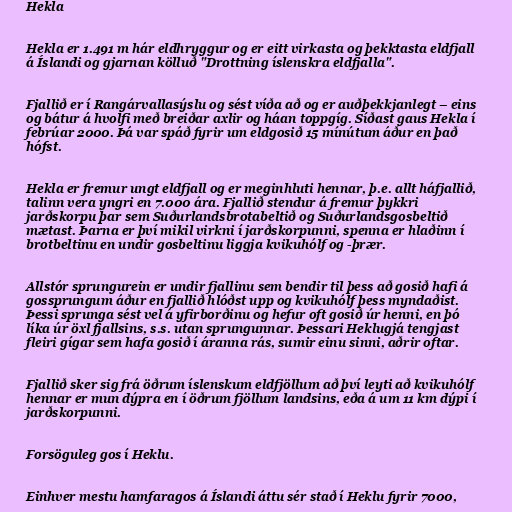
Hekla

Hekla er 1.491 m hár eldhryggur og er eitt virkasta og þekktasta eldfjall
á Íslandi og gjarnan kölluð "Drottning íslenskra eldfjalla".

Fjallið er í Rangárvallasýslu og sést víða að og er auðþekkjanlegt – eins
og bátur á hvolfi með breiðar axlir og háan toppgíg. Síðast gaus Hekla í
febrúar 2000. Þá var spáð fyrir um eldgosið 15 mínútum áður en það
hófst.

Hekla er fremur ungt eldfjall og er meginhluti hennar, þ.e. allt háfjallið,
talinn vera yngri en 7.000 ára. Fjallið stendur á fremur þykkri
jarðskorpu þar sem Suðurlandsbrotabeltið og Suðurlandsgosbeltið
mætast. Þarna er því mikil virkni í jarðskorpunni, spenna er hlaðinn í
brotbeltinu en undir gosbeltinu liggja kvikuhólf og -þrær.

Allstór sprungurein er undir fjallinu sem bendir til þess að gosið hafi á
gossprungum áður en fjallið hlóðst upp og kvikuhólf þess myndaðist.
Þessi sprunga sést vel á yfirborðinu og hefur oft gosið úr henni, en þó
líka úr öxl fjallsins, s.s. utan sprungunnar. Þessari Heklugjá tengjast
fleiri gígar sem hafa gosið í áranna rás, sumir einu sinni, aðrir oftar.

Fjallið sker sig frá öðrum íslenskum eldfjöllum að því leyti að kvikuhólf
hennar er mun dýpra en í öðrum fjöllum landsins, eða á um 11 km dýpi í
jarðskorpunni.

Forsöguleg gos í Heklu.

Einhver mestu hamfaragos á Íslandi áttu sér stað í Heklu fyrir 7000,